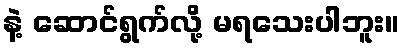
နဲ့ ဆောင်ရွက်လို့ မရသေးပါဘူး။